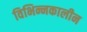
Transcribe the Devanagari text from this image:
विभिन्नकालीन